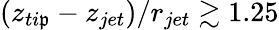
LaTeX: (z_{ti\mathfrak{p}}-z_{jet})/r_{jet}\gtrsim1.25